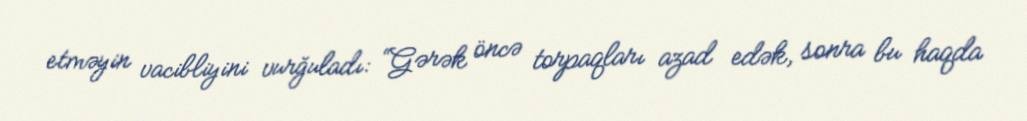
etməyin vacibliyini vurğuladı: “Gərək öncə torpaqları azad edək, sonra bu haqda